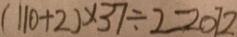
( 1 1 0 + 2 ) \times 3 7 \div 2 = 2 0 7 2